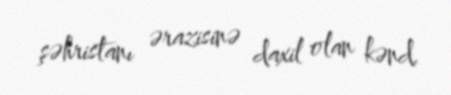
şəhristanı ərazisinə daxil olan kənd.